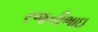
રજનીભાઇ